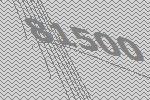
81500